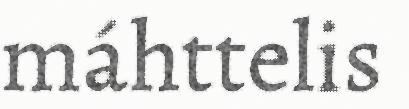
máhttelis